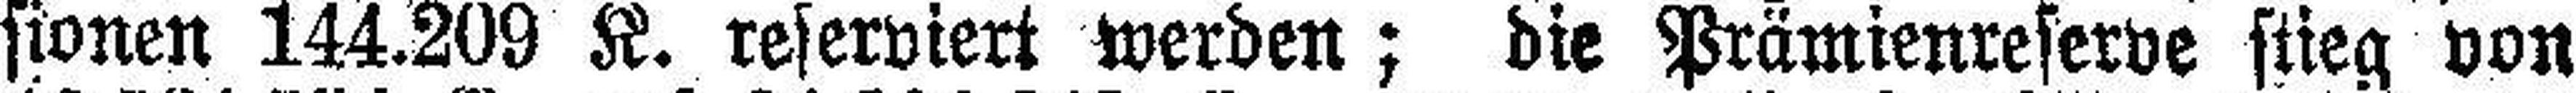
sionen 144.209 K. reserviert werden; die Prämienreserve stieg von